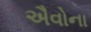
ઐવોના